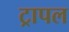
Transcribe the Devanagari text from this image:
ट्रापल